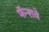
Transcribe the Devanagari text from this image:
फॅन्शवे